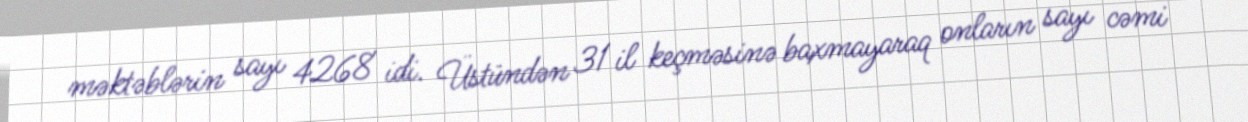
məktəblərin sayı 4268 idi. Üstündən 31 il keçməsinə baxmayaraq onların sayı cəmi